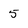
Character: 5